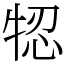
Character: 㸾